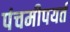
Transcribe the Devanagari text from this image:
पंचमीपयर्त